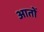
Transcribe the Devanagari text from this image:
आतों